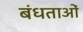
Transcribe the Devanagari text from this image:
बंधताओं